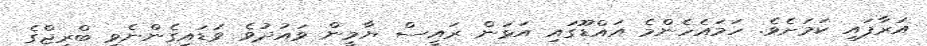
އަރާފައި ކަމަށެވެ. ހަމައެހެންމެ އައްޑޫގައި އަޅަން ރައީސް ޔާމީން ވައުދުވެ ވަޑައިގެންނެވި ބްރިޖްގެ